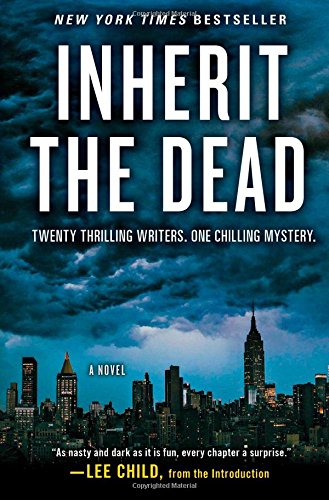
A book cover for Inherit the Dead: A Novel; Lee Child; Mystery, Thriller & Suspense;